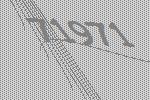
71971